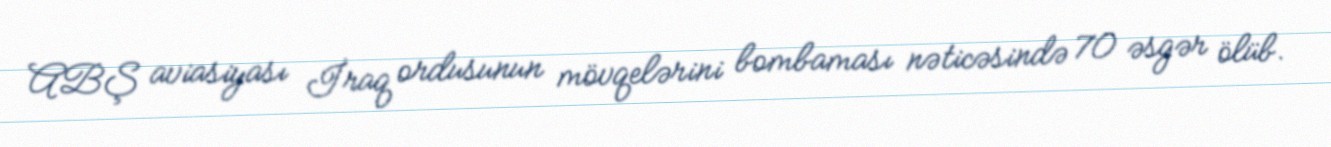
ABŞ aviasiyası İraq ordusunun mövqelərini bombaması nəticəsində 70 əsgər ölüb.